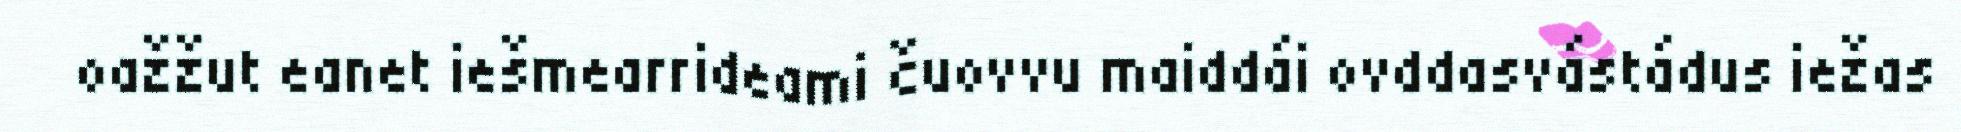
oažžut eanet iešmearrideami čuovvu maiddái ovddasvástádus iežas